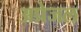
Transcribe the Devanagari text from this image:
अप्रेजल